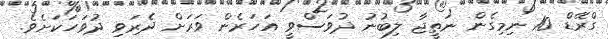
ގްރޭޑް 10 ނިމިގެން ނަތީޖާ ލިބުނު ދުވަސްވީ އަހަރެން ވަރަށް ދެރަވި ދުވަހަކަށެވެ.